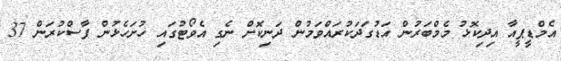
އެމްޑީޕީއާ އިދިކޮޅު މެމްބަރުން އަޑުގަދަކުރައްވަމުން ދަނިކޮށް ނެގި އެވޯޓުގައި ހުށަހެޅުން ފާސްކުރަން 37